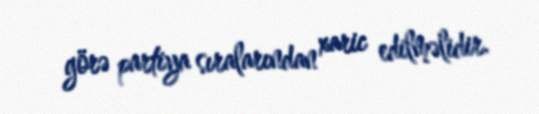
görə partiya sıralarından xaric edilməlidir.